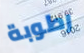
رطوبة